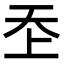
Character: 𡗶